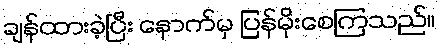
ချန်ထားခဲ့ပြီး နောက်မှ ပြန်မိုးစေကြသည်။